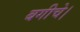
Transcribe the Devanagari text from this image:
बगीचे।